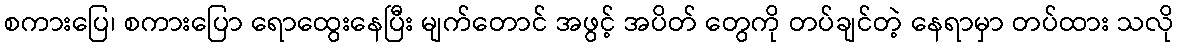
စကားပြေ၊ စကားပြော ရောထွေးနေပြီး မျက်တောင် အဖွင့် အပိတ် တွေကို တပ်ချင်တဲ့ နေရာမှာ တပ်ထား သလို